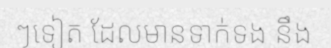
ៗទៀត ដែលមានទាក់ទង នឹង